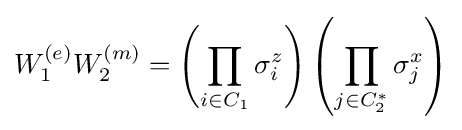
W_{1}^{(e)}W_{2}^{(m)}=\left(\prod _{i\in C_{1}}\sigma _{i}^{z}\right)\left(\prod _{j\in C_{2}^{*}}\sigma _{j}^{x}\right)